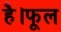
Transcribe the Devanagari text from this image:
है।फूल